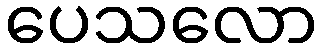
ပေသလော